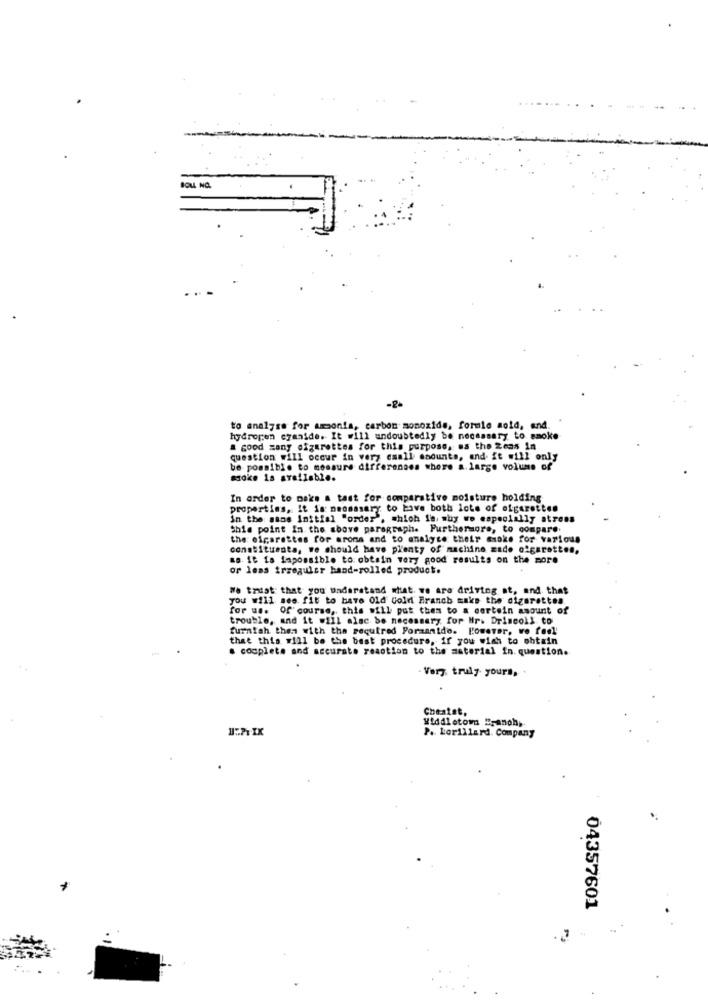
-2-
to analyse for amonia, carbon monoxide, formie aold, and.
hydrogen cyanide. It will undoubtedly be necessary to smoke
a good zany ofgurettes for this purpose, es the Zcas in
question will occur in very emall andunts, and it will only
be possible to measure differences whore a. large volume of
In order to make a tast for comparative moisture holding
properties, it is neomasary to have both lote of olgaretten
in the sans Initial "order", which is, why we especially atrees
this point In the above paragraph. Furthermore, to compare.
the cigarettes for aroma and to analyse their muoke for various
constituenta, we should have plenty of machine made ofgarottes,
BB. It is impossible to: obtain very good results on the more
or less trregular hand-rolled product.
We trust: that you Understand what. we are driving at, and that
you will see fit to have Old Gold Branch make the cigarettes
for us. Of course, this will put them to a certain amount of
trouble, and it #111 alsc be necessary for Mr. Driscoll to
furnish them with the required Pormantdo. However, we feel
that this will be the best procedure, if you wish to obtain
a couplets and accurate reaction to the material In. question.
- Very truly yours, .
Middletom "ranch,
P. Lorillard. Company
04357601